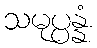
သမုပ္ပန္နံ